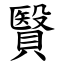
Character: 贀